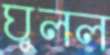
ঘুলল